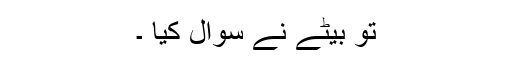
تو بیٹے نے سوال کیا ۔